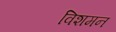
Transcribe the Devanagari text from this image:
विशमन